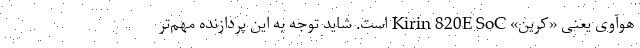
هوآوی یعنی «کرین» Kirin 820E SoC است. شاید توجه به این پردازنده مهم‌تر